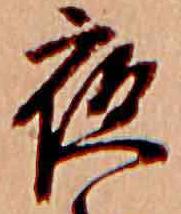
夜